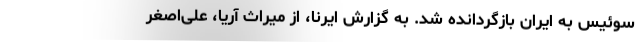
سوئیس به ایران بازگردانده شد. به گزارش ایرنا، از میراث آریا، علی‌اصغر